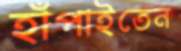
হাঁপাইতেন